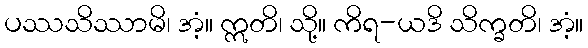
ပဿသိဿာမိ၊ အံ့။ ဣတိ၊ သို့။ ကိရ-ယဒိ သိက္ခတိ၊ အံ့။